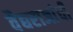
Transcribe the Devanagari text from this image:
वैद्यराजांची